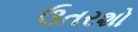
ઉતરશો